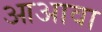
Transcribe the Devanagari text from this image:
आअावा